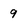
Character: 9